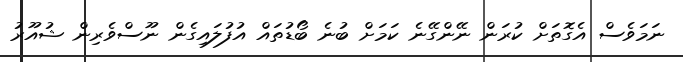
ނަމަވެސް އެގޮތަށް ކުރަން ނޭންގޭނެ ކަމަށް ބުނެ ބޯޑުތައް އުފުލަައިގެން ނޫސްވެރިން ޝުއޫރު